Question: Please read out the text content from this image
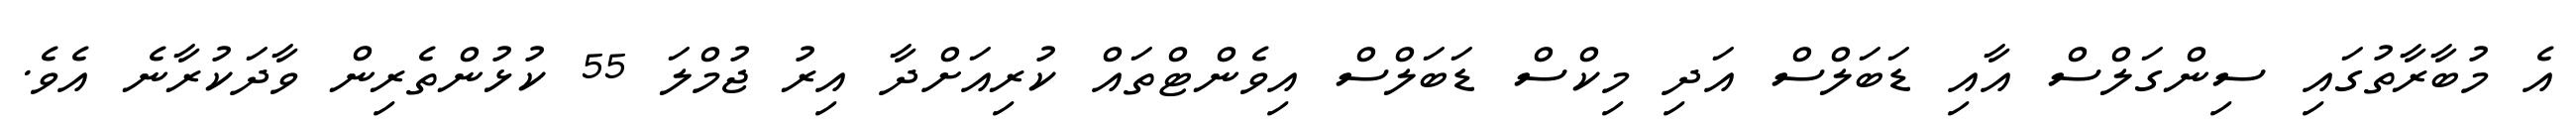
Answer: އެ މުބާރާތުގައި ސިންގަލްސް އާއި ޑަބަލްސް އަދި މިކްސް ޑަބަލްސް އިވެންޓްތައް ކުރިއަށްދާ އިރު ޖުމްލަ 55 ކުޅުންތެރިން ވާދަކުރާނެ އެވެ.